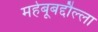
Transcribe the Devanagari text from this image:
महेबूबद्दौल्ला